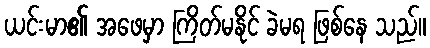
ယင်းမာ၏ အဖေမှာ ကြိတ်မနိုင် ခဲမရ ဖြစ်နေ သည်။